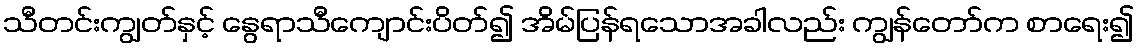
သီတင်းကျွတ်နှင့် နွေရာသီကျောင်းပိတ်၍ အိမ်ပြန်ရသောအခါလည်း ကျွန်တော်က စာရေး၍